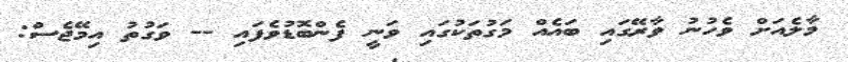
މާލެއަށް ވެހުނު ވާރޭގައި ބައެއް މަގުތަކުގައި ވަނީ ފެންބޮޑުވެފައި -- ވަގުތު އިމޭޖެސް: